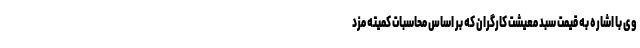
وی با اشاره به قیمت سبد معیشت کارگران که بر اساس محاسبات کمیته مزد